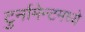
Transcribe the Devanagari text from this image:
टुर्नामेन्टमध्ये